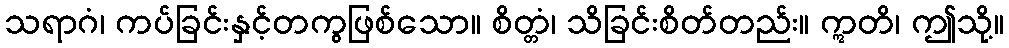
သရာဂံ၊ ကပ်ခြင်းနှင့်တကွဖြစ်သော။ စိတ္တံ၊ သိခြင်းစိတ်တည်း။ ဣတိ၊ ဤသို့။